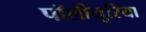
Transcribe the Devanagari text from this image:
पॉलीयूरिया